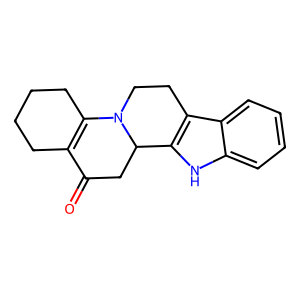
SMILES: O=C1CC2c3[nH]c4ccccc4c3CCN2C2=C1CCCC2
Inhibits HIV replication: No